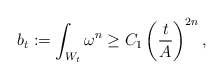
\begin{align*}b_t:=\int_{W_t}\omega^n\geq C_1\left(\dfrac{t}{A}\right)^{2n},\end{align*}